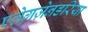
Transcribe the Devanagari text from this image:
एलेगज़ेनडरिया